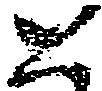
と